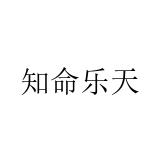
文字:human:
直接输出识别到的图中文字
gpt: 知命乐天